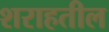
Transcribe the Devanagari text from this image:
शराहतील